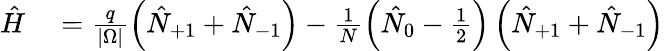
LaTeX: \begin{array}{rl}{\hat{H}}&{{}=\frac{q}{|\Omega|}\left(\hat{N}_{+1}+\hat{N}_{-1}\right)-\frac{1}{N}\left(\hat{N}_{0}-\frac{1}{2}\right)\left(\hat{N}_{+1}+\hat{N}_{-1}\right)}\end{array}